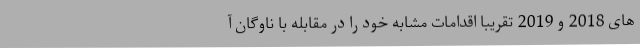
های 2018 و 2019 تقریبا اقدامات مشابه خود را در مقابله با ناوگان آ